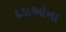
દડાઓના